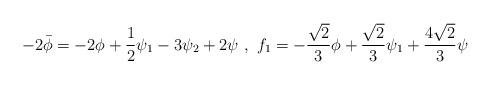
LaTeX: \begin{align*}-2 \bar{\phi} = -2 \phi + \frac{1}{2} \psi_1 -3 \psi_2 + 2 \psi \ , \ f_1= - \frac{\sqrt{2}}{3} \phi + \frac{\sqrt{2}}{3} \psi_1 + \frac{4\sqrt{2}}{3} \psi\end{align*}